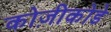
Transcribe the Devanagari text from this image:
कोज़ीकोडे